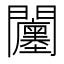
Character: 𨷭